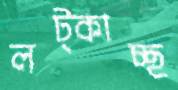
লট্‌কাচ্ছ